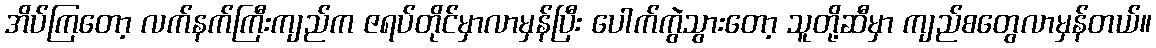
အိပ်ကြတော့ လက်နက်ကြီးကျည်က ဇရပ်တိုင်မှာလာမှန်ပြီး ပေါက်ကွဲသွားတော့ သူတို့ဆီမှာ ကျည်စတွေလာမှန်တယ်။